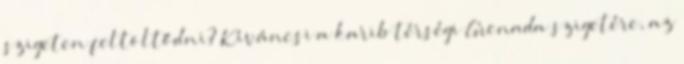
szigeten feltöltődni? Kíváncsi a karib térségi Grenada szigetére, az